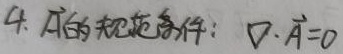
4. $\vec{A}$的规范条件：
\[\nabla \cdot \vec{A}=0\]